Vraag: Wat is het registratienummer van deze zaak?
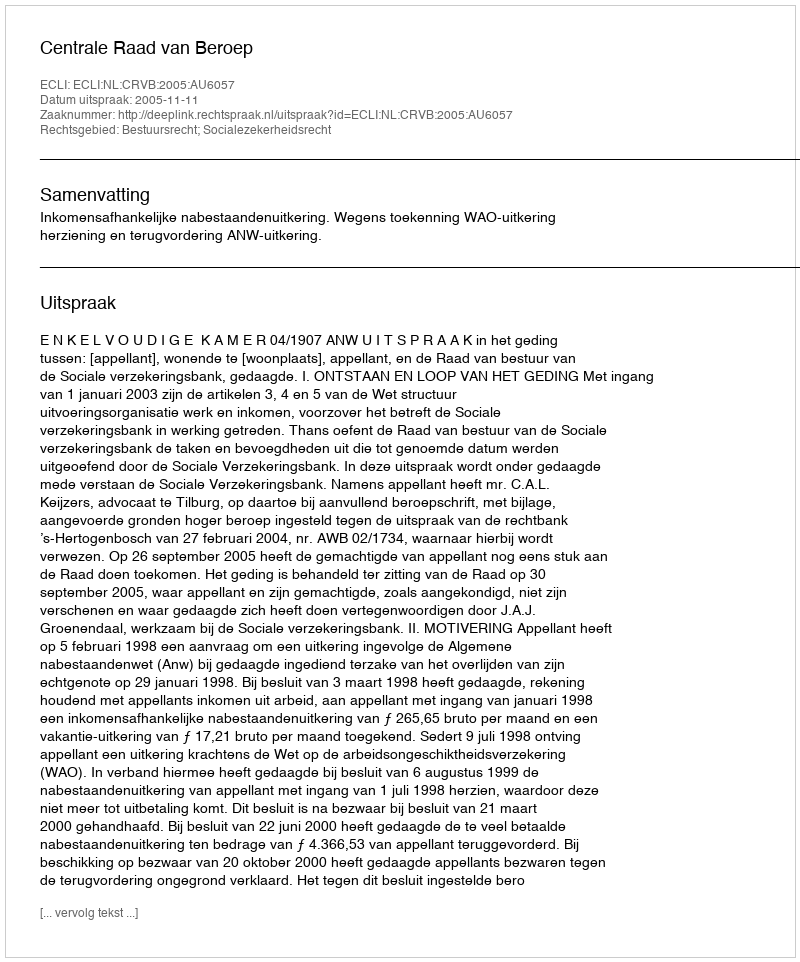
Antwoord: http://deeplink.rechtspraak.nl/uitspraak?id=ECLI:NL:CRVB:2005:AU6057